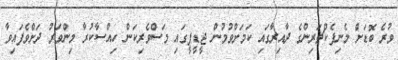
ވުރެ ބޮޑަށް މެނިފެކްޗަރިންގެ ދާއިރާގައި ކަމަށްވުމުން ޖީޑީޕީގައި މަސްވެރިކަން ހިއްސާކުރާ މިންވަރު ދަށްވެފައިވާ